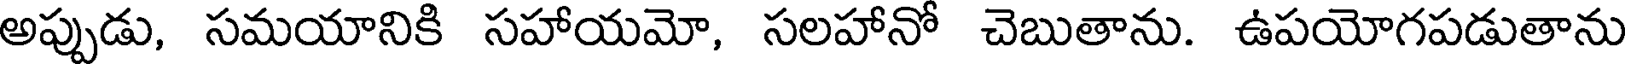
అప్పుడు, సమయానికి సహాయమో, సలహానో చెబుతాను. ఉపయోగపడుతాను